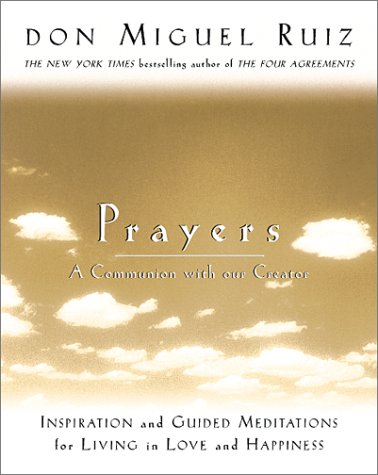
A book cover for Prayers: A Communion with Our Creator; Don Miguel Ruiz; Religion & Spirituality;